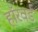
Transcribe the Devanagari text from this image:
हॉरवर्ड